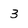
Character: 3